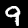
Digit: 9